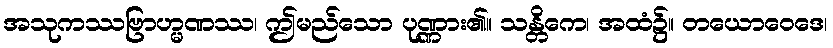
အသုကဿဗြာဟ္မဏဿ၊ ဤမည်သော ပုဏ္ဏား၏။ သန္တိကေ၊ အထံ၌။ တယောဝေဒေ၊